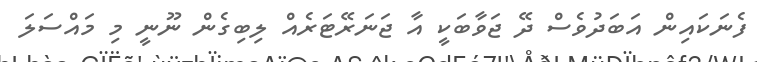
ފެނަކައިން އަބަދުވެސް ދޭ ޖަވާބަކީ އާ ޖަނަރޭޓަރެއް ލިބިގެން ނޫނީ މި މައްސަލަ